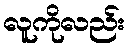
လူကိုလည်း